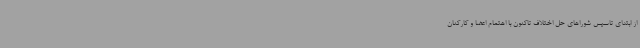
از ابتدای تاسیس شوراهای حل اختلاف تاکنون با اهتمام اعضا و کارکنان